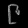
Digit: ၉